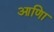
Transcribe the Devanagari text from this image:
आणिा